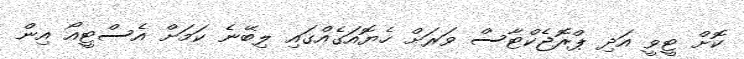
ކޮށް ޓީވީ އަދި ޕްރޮޖެކްޓާސް ވަރަށް ހެޔޮއަގެއްގައި ލިބޭނެ ކަމަށް އެސްޓީއޯ އިން